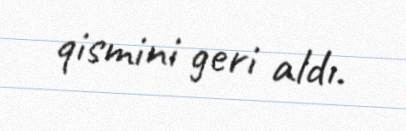
qismini geri aldı.